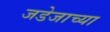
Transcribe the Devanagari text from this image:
जडेजाच्या